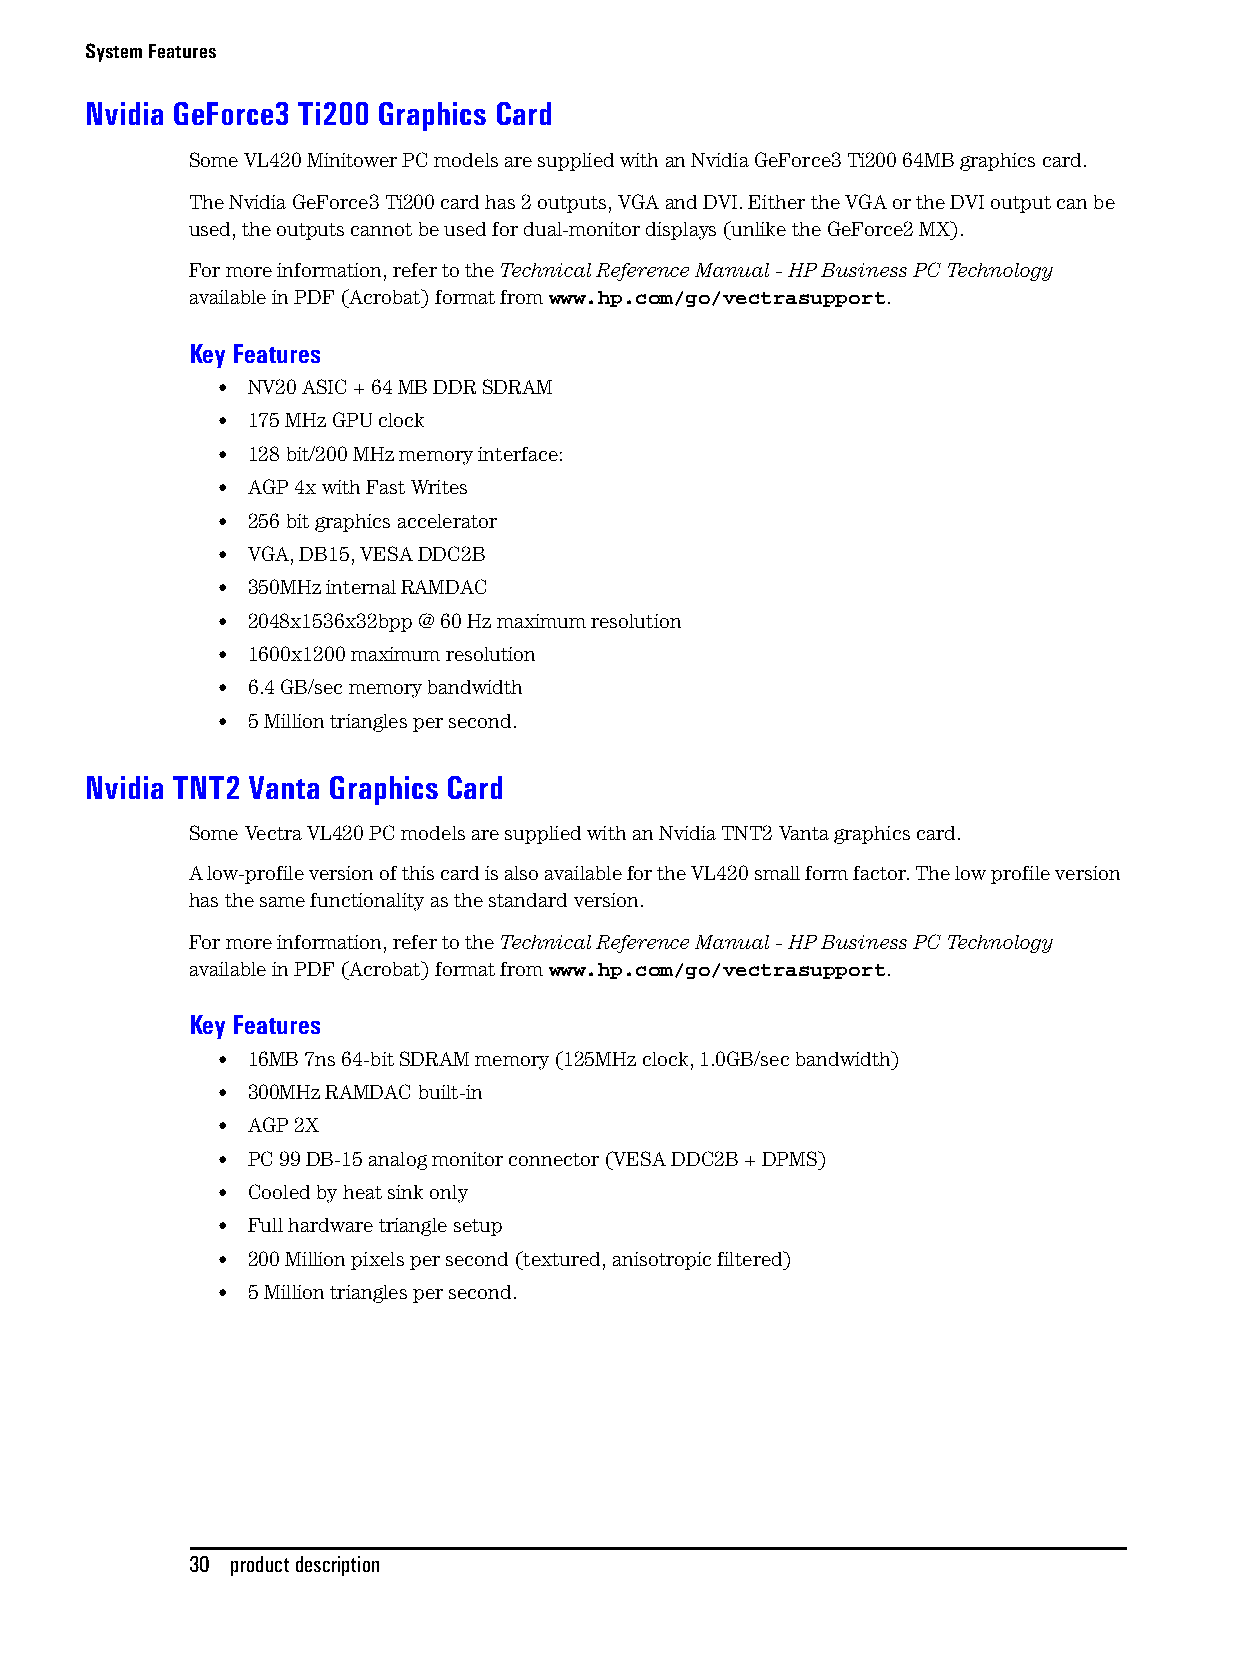
System Features
 Nvidia GeForce3 Ti200 Graphics Card
 Some VL420 Minitower PC models are supplied with an Nvidia GeForce3 Ti200 64MB graphics card.
 The Nvidia GeForce3 Ti200 card has 2 outputs, VGA and DVI. Either the VGA or the DVI output can be
 used, the outputs cannot be used for dual-monitor displays (unlike the GeForce2 MX).
 For more information, refer to the Technical Reference Manual - HP Business PC Technology
 available in PDF (Acrobat) format from www.hp.com/go/vectrasupport.
 Key Features
 • NV20 ASIC + 64 MB DDR SDRAM
 • 175 MHz GPU clock
 • 128 bit/200 MHz memory interface:
 • AGP 4x with Fast Writes
 • 256 bit graphics accelerator
 • VGA, DB15, VESA DDC2B
 • 350MHz internal RAMDAC
 • 2048x1536x32bpp @ 60 Hz maximum resolution
 • 1600x1200 maximum resolution
 • 6.4 GB/sec memory bandwidth
 • 5 Million triangles per second.
 Nvidia TNT2 Vanta Graphics Card
 Some Vectra VL420 PC models are supplied with an Nvidia TNT2 Vanta graphics card.
 A low-profile version of this card is also available for the VL420 small form factor. The low profile version
 has the same functionality as the standard version.
 For more information, refer to the Technical Reference Manual - HP Business PC Technology
 available in PDF (Acrobat) format from www.hp.com/go/vectrasupport.
 Key Features
 • 16MB 7ns 64-bit SDRAM memory (125MHz clock, 1.0GB/sec bandwidth)
 • 300MHz RAMDAC built-in
 • AGP 2X
 • PC 99 DB-15 analog monitor connector (VESA DDC2B + DPMS)
 • Cooled by heat sink only
 • Full hardware triangle setup
 • 200 Million pixels per second (textured, anisotropic filtered)
 • 5 Million triangles per second.
 30 product description